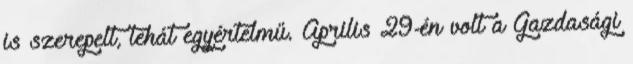
is szerepelt, tehát egyértelmű. Április 29-én volt a Gazdasági